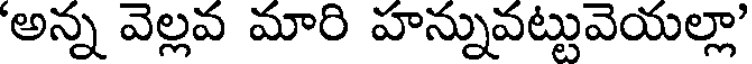
'అన్న వెల్లవ మారి హన్నువట్టువెయల్లా'